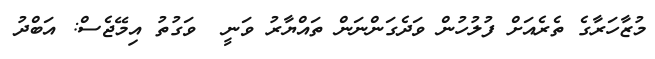
މުޒާހަރާގެ ތެރެއަށް ފުލުހުން ވަދެގަންނަން ތައްޔާރު ވަނީ  ވަގުތު އިމޭޖެސް: އަބްދު